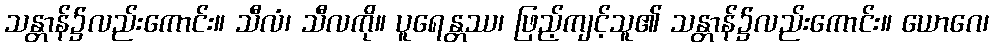
သန္တာန်၌လည်းကောင်း။ သီလံ၊ သီလကို။ ပူရေန္တဿ၊ ဖြည့်ကျင့်သူ၏ သန္တာန်၌လည်းကောင်း။ ယောဂေ၊